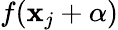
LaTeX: f(\mathbf{x}_{j}+\alpha)